Senior Leaving Certificate Examination (including Day School Certificate (Higher) General paper), 1946
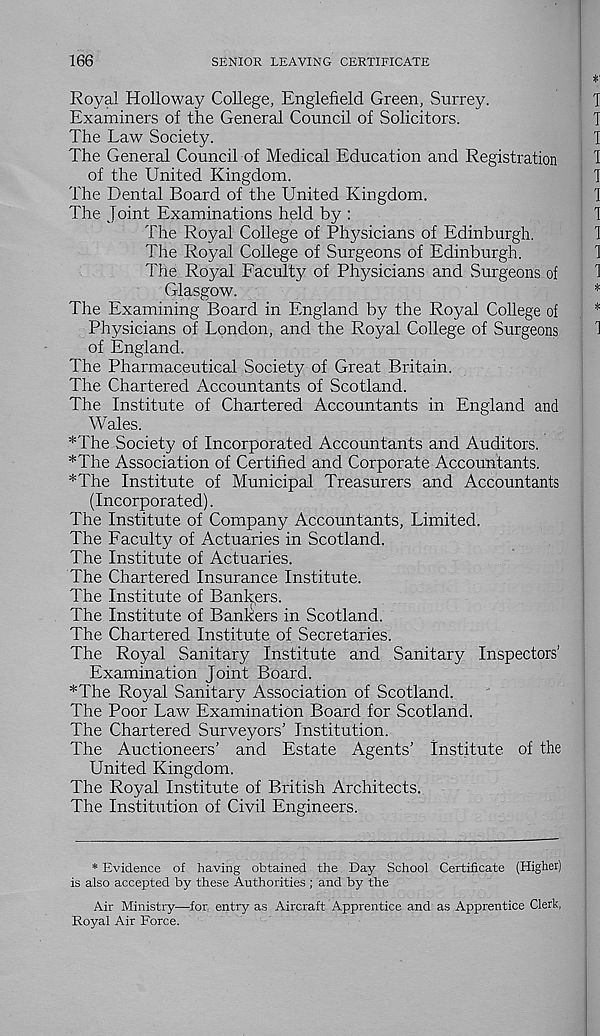
166
SENIOR LEAVING CERTIFICATE
Royal Holloway College, Englefield Green, Surrey.
Examiners of the General Council of Solicitors.
The Law Society.
The General Council of Medical Education and Registration
of the United Kingdom.
The Dental Board of the United Kingdom.
The Joint Examinations held by :
The Royal College of Physicians of Edinburgh.
The Royal College of Surgeons of Edinburgh.
The Royal Faculty of Physicians and Surgeons of
Glasgow.
The Examining Board in England by the Royal College of
Physicians of London, and the Royal College of Surgeons
of England.
The Pharmaceutical Society of Great Britain.
The Chartered Accountants of Scotland.
The Institute of Chartered Accountants in England and
Wales.
*The Society of Incorporated Accountants and Auditors.
*The Association of Certified and Corporate Accountants.
*The Institute of Municipal Treasurers and Accountants
(Incorporated).
The Institute of Company Accountants, Limited.
The Faculty of Actuaries in Scotland.
The Institute of Actuaries.
The Chartered Insurance Institute.
The Institute of Bankers.
The Institute of Bankers in Scotland.
The Chartered Institute of Secretaries.
The Royal Sanitary Institute and Sanitary Inspectors’
Examination Joint Board.
*The Royal Sanitary Association of Scotland.
The Poor Law Examination Board for Scotland.
The Chartered Surveyors’ Institution.
The Auctioneers’ and Estate Agents’ Institute of the
United Kingdom.
The Royal Institute of British Architects.
The Institution of Civil Engineers.
* Evidence of having obtained the Day School Certificate (Higher)
is also accepted by these Authorities ; and by the
Air Ministry—for entry as Aircraft Apprentice and as Apprentice Clerk,
Royal Air Force.